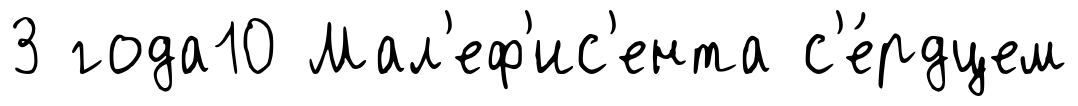
3 года10 Мал'еф'ис'ента с'е́рдцем